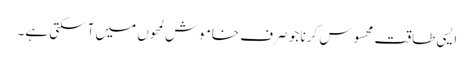
ایسی طاقت محسوس کرنا جو صرف خاموش لمحوں میں آسکتی ہے۔